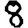
Digit: 8